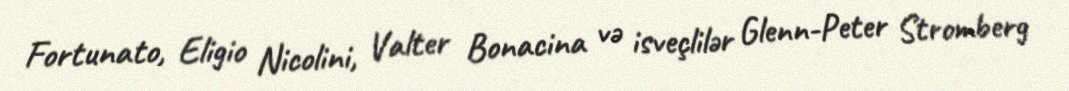
Fortunato, Eligio Nicolini, Valter Bonacina və isveçlilər Glenn-Peter Stromberg